Vaccination in Burma 1920-1933 - 1920-1933
Year: 1920
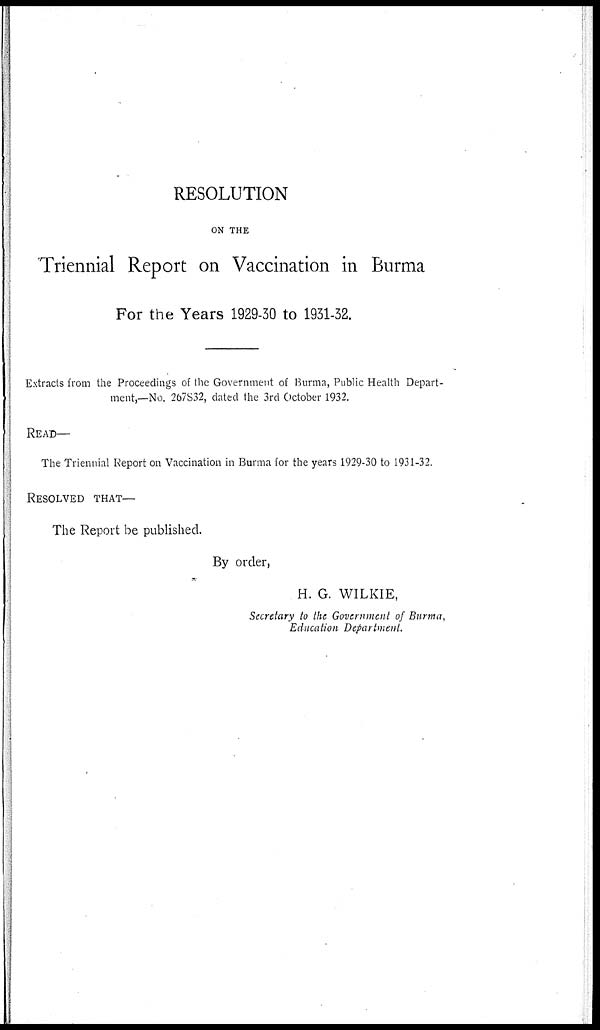
RESOLUTION
ON THE
Triennial Report on Vaccination in Burma
For the Years 1929-30 to 1931-32.
Extracts from the Proceedings of the Government of Burma, Public Health Depart-
ment,—No. 267S32, dated the 3rd October 1932.
READ—
The Triennial Report on Vaccination in Burma for the years 1929-30 to 1931-32.
RESOLVED THAT—
The Report be published.
By order,
H. G. WILKIE,
Secretary to the Government of Burma,
Education Department.